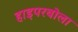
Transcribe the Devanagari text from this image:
हाइपरबोला